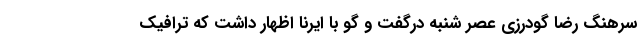
سرهنگ رضا گودرزی عصر شنبه درگفت و گو با ایرنا اظهار داشت که ترافیک